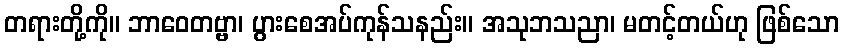
တရားတို့ကို။ ဘာဝေတဗ္ဗာ၊ ပွားစေအပ်ကုန်သနည်း။ အသုဘသညာ၊ မတင့်တယ်ဟု ဖြစ်သော